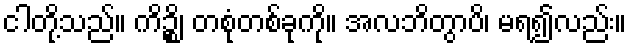
ငါတို့သည်။ ကိဉ္စိ၊ တစုံတစ်ခုကို။ အလဘိတွာပိ၊ မရ၍လည်း။